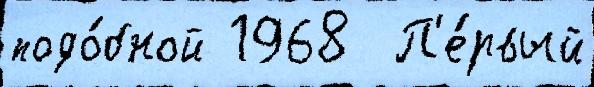
подо́бной 1968  П'е́рвый